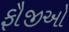
ફૌજીઓ